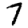
Digit: 7